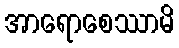
အာရောစေဿာမိ